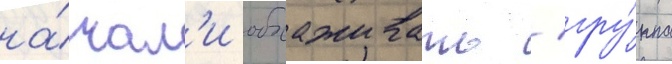
на́чал'и обхаживать / гру́ппа